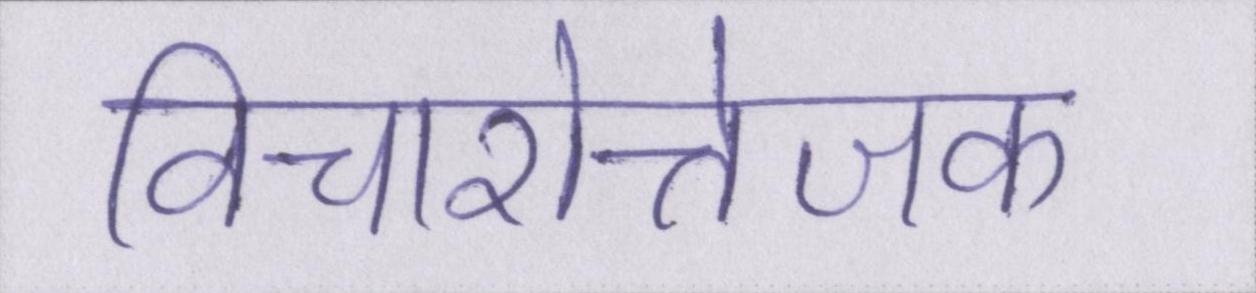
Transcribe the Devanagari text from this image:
विचारोत्तेजक